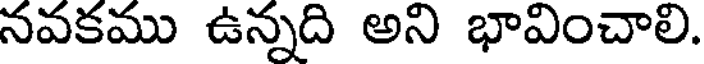
నవకము ఉన్నది అని భావించాలి.